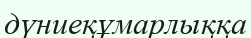
дүниеқұмарлыққа